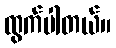
ထွက်ပါတယ်။